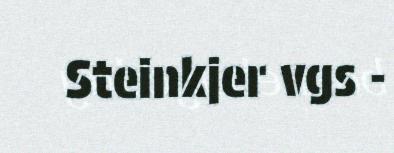
Steinkjer vgs -